Civil Veterinary Dept. North-West Frontier Province 1901-22 - 1901-1922
Year: 1901
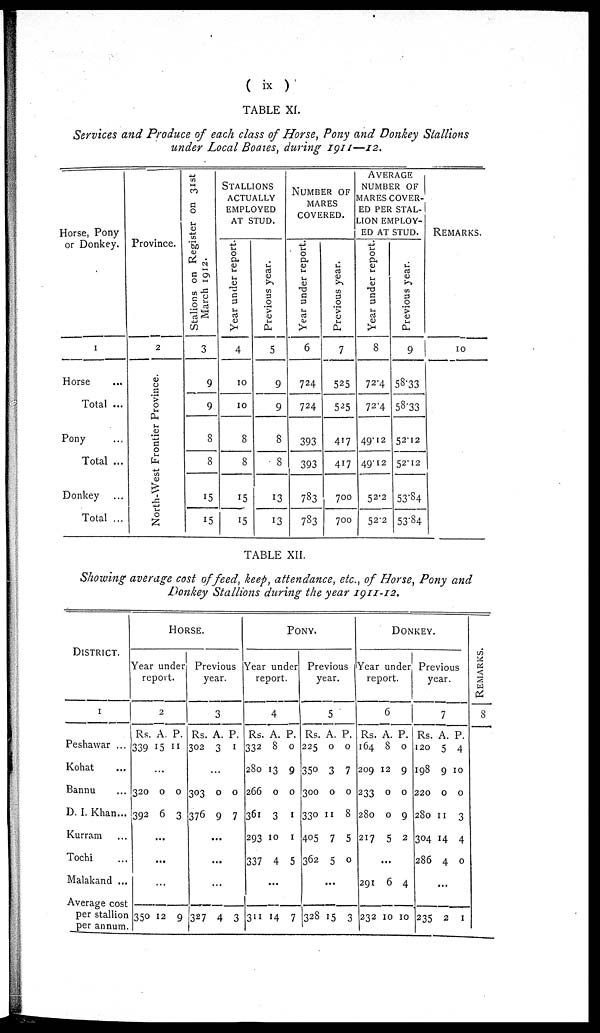
( ix )
TABLE XI.
Services and Produce of each class of Horse, Pony and Donkey Stallions
under Local Bodies, during 1911—12.
Horse, Pony
or Donkey.
1
Horse ...
Total ...
Pony ...
Total ...
Donkey ...
Total ...
Province.
2
North-West Frontier Province.
Stalions on Register on 31st
March 1912.
3
9
9
8
8
15
15
STALLIONS
ACTUALLY
EMPLOYED
AT STUD.
Year under report.
4
10
10
8
8
15
15
Previous year.
5
9
9
8
8
13
13
NUMBER OF
MARES
COVERED.
Year under report.
6
724
724
393
393
783
783
Previous year.
7
525
525
417
417
700
700
AVERAGE
NUMBER OF
MARES COVER-
ED PER STAL-
LION EMPLOY-
ED AT STUD.
Year under report.
8
724
72.4
49.12
49.12
52.2
52.2
Previous year.
9
58.33
53.33
52.12
52.12
53.84
53.84
REMARKS.
10
TABLE XII.
Showing average cost of feed, keep, attendance, etc., of Horse, Pony and
Donkey Stallions during the year 1911-12.
DISTRICT.
1
Peshawar ...
Kohat ...
Bannu ...
D. I. Khan...
Kurram ...
Tochi ...
Malakand ...
Average cost
per stallion
per annum.
HORSE.
Year under
report.
2
Rs.
339
A.
15
P.
11
...
320
392
0
6
0
3
...
...
...
350
12 9
Previous
year.
3
Rs.
302
A.
3
P.
1
...
303
376
0
9
0
7
...
...
...
327 4 3
PONY.
Year under.
report.
4
Rs.
332
280
266
361
293
337
A.
8
13
0
3
10
4
P.
0
9
0
1
1
5
...
311 14 7
Previous
year.
5
Rs.
225
350
300
330
405
362
A.
0
3
0
11
7
5
P.
0
7
0
8
5
0
...
328 15 3
DONKEY.
Year under
report.
6
Rs.
164
209
233
280
217
A.
8
12
0
0
5
P.
0
9
0
9
2
...
291
232
6
10
4
10
Previous
year.
7
Rs.
120
198
220
280
304
286
A.
5
9
0
11
14
4
P.
4
10
0
3
4
0
...
235 2
1
REMARKS.
8